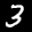
Label: 3